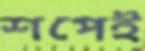
শপেই